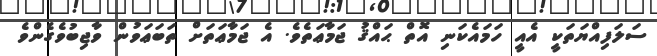
ސަލަފިއްޔަތަކީ އެއީ ހަމައެކަނި އޮތް ޙައްޤު ޖަމާޢަތެވެ. އެ ޖަމާޢަތަށް ތަބަޢަވުން ވާޖިބުވެގެންވެ